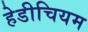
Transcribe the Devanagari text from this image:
हेडीचियम